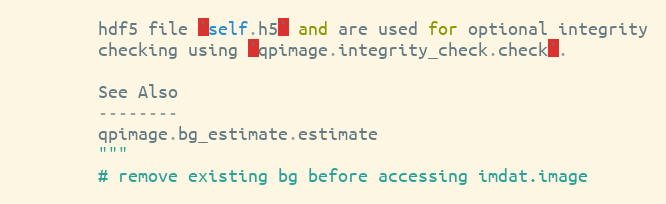
Language: Python
        hdf5 file `self.h5` and are used for optional integrity
        checking using `qpimage.integrity_check.check`.

        See Also
        --------
        qpimage.bg_estimate.estimate
        """
        # remove existing bg before accessing imdat.image